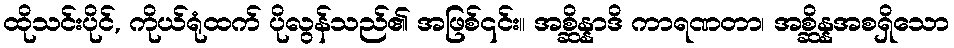
ထိုသင်းပိုင်, ကိုယ်ရုံထက် ပိုလွန်သည်၏ အဖြစ်၎င်း။ အစ္ဆိန္နာဒိ ကာရဏတာ၊ အစ္ဆိန္နအစရှိသော